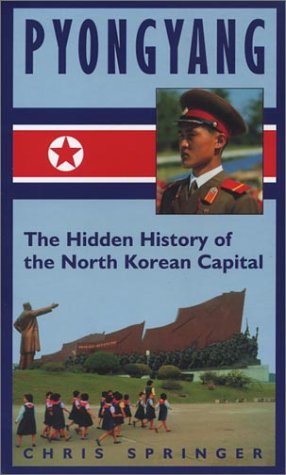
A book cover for Pyongyang: The Hidden History of the North Korean Capital; Chris Springer; Travel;